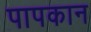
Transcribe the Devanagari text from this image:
पापकान